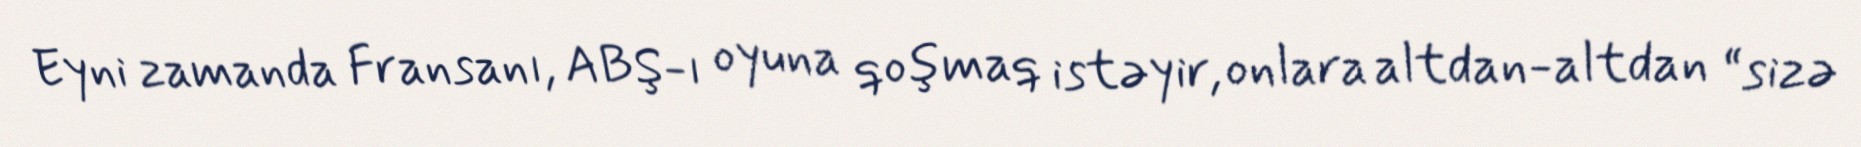
Eyni zamanda Fransanı, ABŞ-ı oyuna qoşmaq istəyir, onlara altdan-altdan “sizə